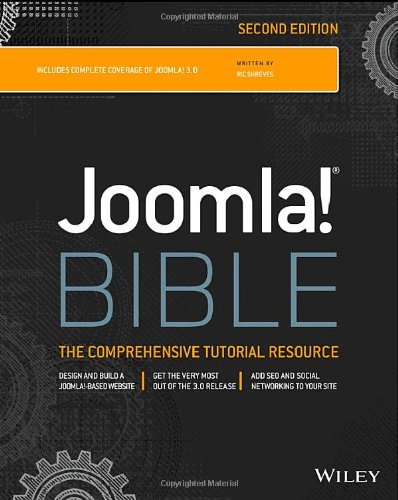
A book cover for Joomla! Bible; Ric Shreves; Computers & Technology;